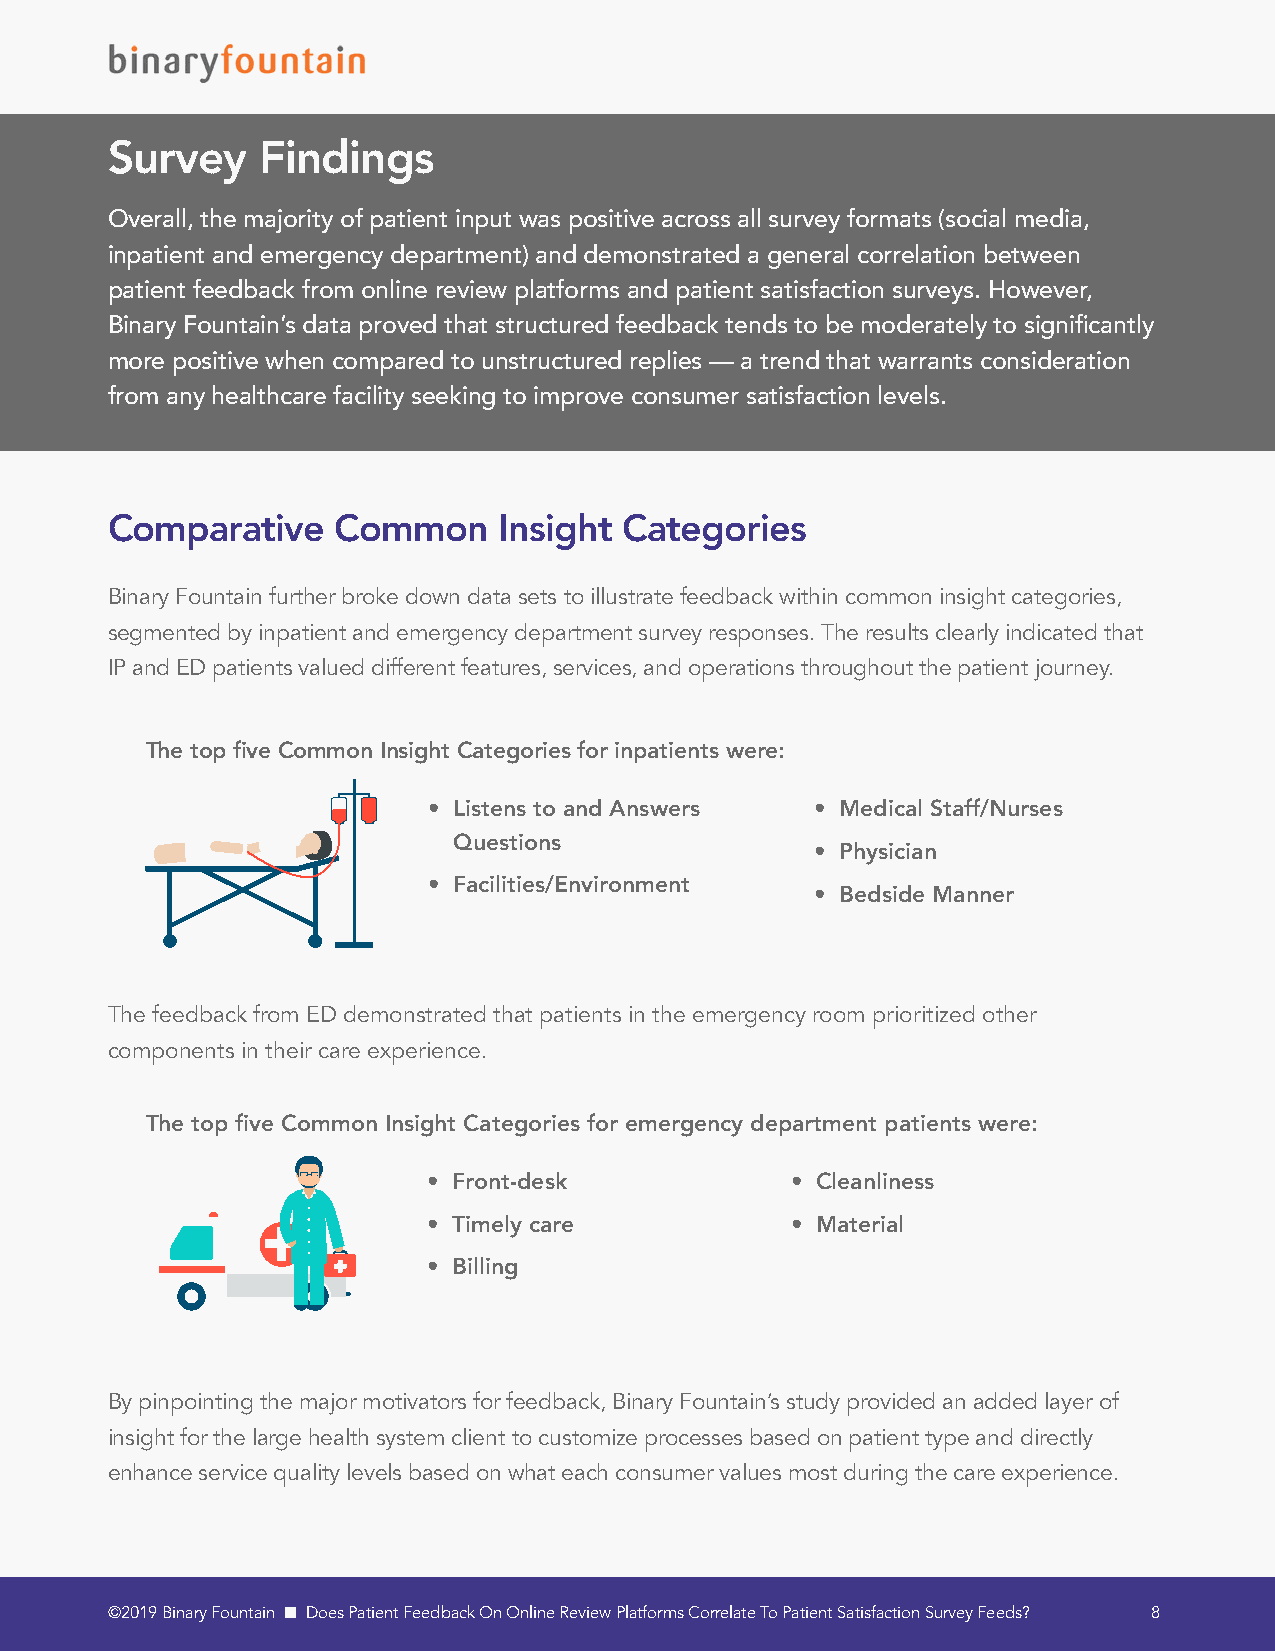
Survey    Findings
 Overall, the majority of patient input was positive across all survey formats (social media,
 inpatient and emergency department) and demonstrated a general correlation between
 patient feedback from online review platforms and patient satisfaction surveys. However,
 Binary Fountain’s data proved that structured feedback tends to be moderately to significantly
 more positive when compared to unstructured replies — a trend that warrants consideration
 from any healthcare facility seeking to improve consumer satisfaction levels.
 Comparative    Common     Insight Categories
 Binary Fountain further broke down data sets to illustrate feedback within common insight categories,
 segmented by inpatient and emergency department survey responses. The results clearly indicated that
 IP and ED patients valued different features, services, and operations throughout the patient journey.
 The top five Common Insight Categories for inpatients were:
 • Listens to and Answers  • Medical Staff/Nurses
 Questions
 • Physician
 • Facilities/Environment
 • Bedside Manner
 The feedback from ED demonstrated that patients in the emergency room prioritized other
 components in their care experience.
 The top five Common Insight Categories for emergency department patients were:
 • Front-desk            • Cleanliness
 • Timely care           • Material
 • Billing
 By pinpointing the major motivators for feedback, Binary Fountain’s study provided an added layer of
 insight for the large health system client to customize processes based on patient type and directly
 enhance service quality levels based on what each consumer values most during the care experience.
 ©2019 Binary Fountain n Does Patient Feedback On Online Review Platforms Correlate To Patient Satisfaction Survey Feeds? 8